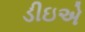
ડીઇએ